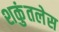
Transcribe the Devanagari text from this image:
शकुंतलेस